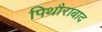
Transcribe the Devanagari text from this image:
पिथौराबाद